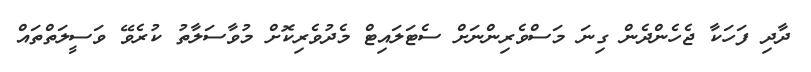
ދާދި ފަހަކާ ޖެހެންދެން ގިނަ މަސްވެރިންނަށް ސެޓަލައިޓް މެދުވެރިކޮށް މުވާސަލާތު ކުރެވޭ ވަސީލަތްތައް